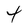
Character: 4